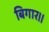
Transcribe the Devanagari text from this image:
बिगार।।